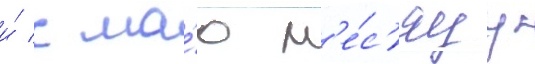
и́ к ма́ю м'е́с'яцу